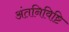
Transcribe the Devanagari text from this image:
अंतनिविष्टि